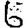
Digit: 6